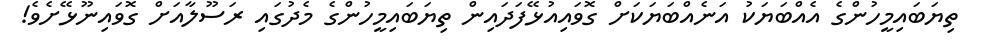
ތިޔަބައިމީހުންގެ އެއްބަޔަކު އަނެއްބަޔަކަށް ގޮވައިއުޅޭފަދައިން ތިޔަބައިމީހުންގެ މެދުގައި ރަސޫލާއަށް ގޮވައިނޫޅޭށެވެ!